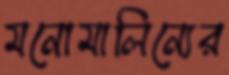
মনোমালিন্যের